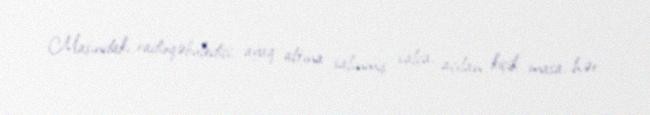
Maşındakı radioqəbuledici, ayaq altına salınmış xalça, açılan kiçik masa, hər